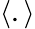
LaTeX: \left<.\right>